Senior Leaving Certificate Examination (including Day School Certificate (Higher) General paper), 1949
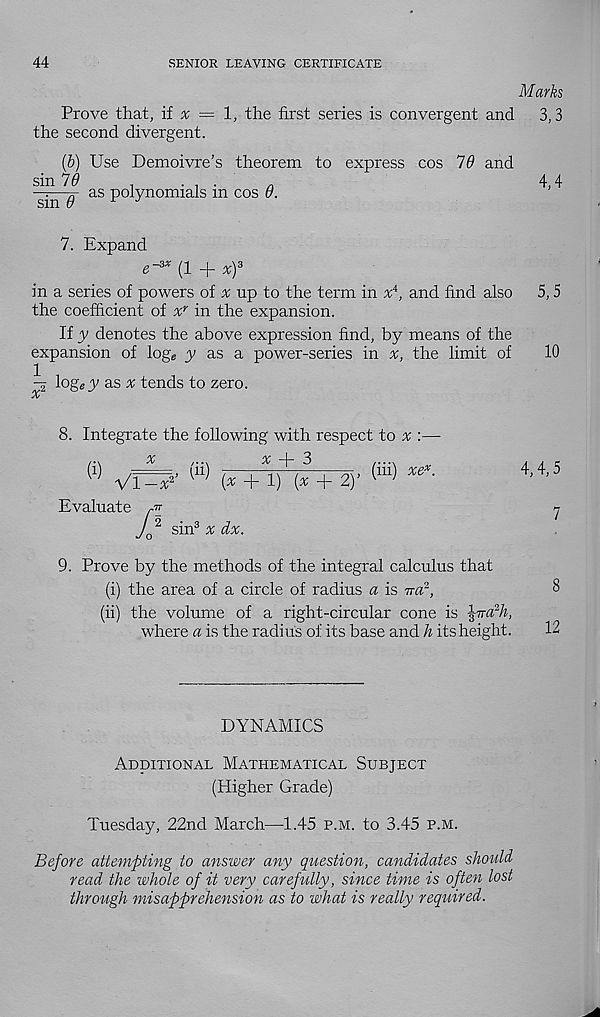
44
SENIOR LEAVING CERTIFICATE
Marks
Prove that, if x = 1, the first series is convergent and
3,3
the second divergent.
(b) Use Demoivre’s theorem to express cos TO and
q as polynomials in cos 0.
4,4
7. Expand
e" 3 * (1 + xf
in a series of powers of ^ up to the term in x i , and find also
5,5
the coefficient of x r in the expansion.
If y denotes the above expression find, by means of the
expansion of log s y as a power-series in x, the limit of
10
^5 log e y as ^ tends to zero.
8. Integrate the following with respect to #
%
,...
x -f- 3
(i)
Vi
Evaluate
v (“) (x + 1) (^ + 2)
, (iii) xe x .
sin 3 a; dx.
4,4,5
7
9. Prove by the methods of the integral calculus that
(i) the area of a circle of radius a is 7r& 2 ,
(ii) the volume of a right-circular cone is
where a is the radius of its base and h its height.
DYNAMICS
x\dditional Mathematical Subject
(Higher Grade)
Tuesday, 22nd March—1.45 p.m. to 3.45 p.m.
Before attempting to answer any question, candidates should
read the whole of it very carefully, since time is often lost
through misapprehension as to what is really required.